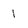
Character: 1